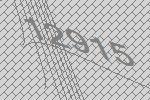
12915